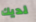
لديك